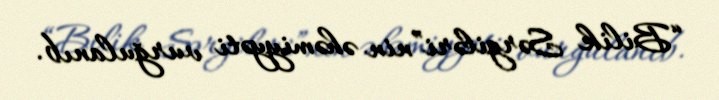
“Bilik Sərgiləri”nin əhəmiyyəti vurğulanıb.